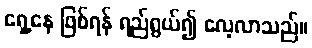
ရှေ့နေ ဖြစ်ရန် ရည်ရွယ်၍ လေ့လာသည်။